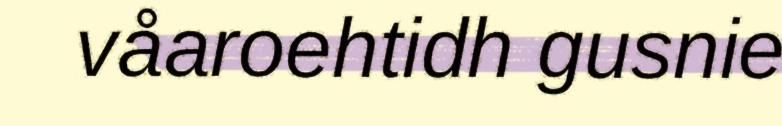
våaroehtidh gusnie